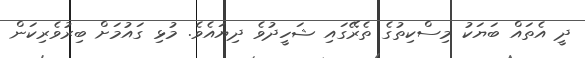
ދީ އެތައް ބަޔަކު މިސްކިތުގެ ތެރޭގައި ޝަހީދުވެ ދިޔައެވެ. މުޅި ގައުމަށް ބިރުވެރިކަން